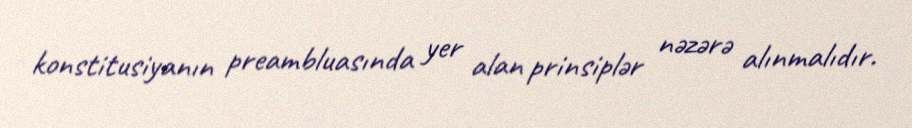
konstitusiyanın preambluasında yer alan prinsiplər nəzərə alınmalıdır.